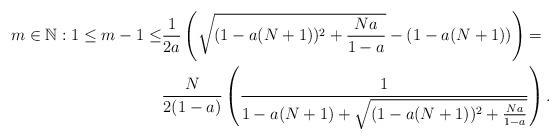
LaTeX: \begin{align*}m \in \mathbb{N}: 1 \leq m-1 \leq &\frac{1}{2a} \left( \sqrt{(1-a(N+1))^2 + \frac{Na}{1-a}}- (1 - a(N+1)) \right)=\\&\frac{N}{2(1-a)} \left( \frac{1}{1 - a(N+1) + \sqrt{(1-a(N+1))^2 + \frac{Na}{1-a}}} \right).\end{align*}